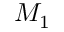
M _ { 1 }